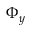
\Phi _ { y }